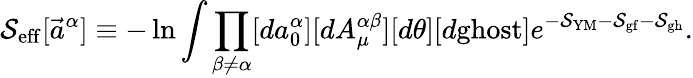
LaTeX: \mathcal{S}_{\mathrm{{eff}}}[\vec{{a}}^{\alpha}]\equiv-\ln\int\prod_{\beta\neq\alpha}[da_{0}^{\alpha}][dA_{\mu}^{\alpha\beta}][d\theta][d\mathrm{{ghost}}]e^{-\mathcal{S}_{\mathrm{{YM}}}-\mathcal{S}_{\mathrm{{gf}}}-\mathcal{S}_{\mathrm{{gh}}}}.